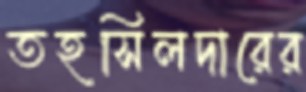
তহসিলদারের